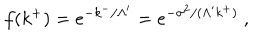
LaTeX: f ( k ^ { + } ) = e ^ { - k ^ { - } / \Lambda ^ { \prime } } = e ^ { - \sigma ^ { 2 } / ( \Lambda ^ { \prime } k ^ { + } ) } ~ ,